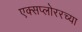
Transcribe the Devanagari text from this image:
एक्सप्लोररच्या